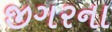
જીગરના